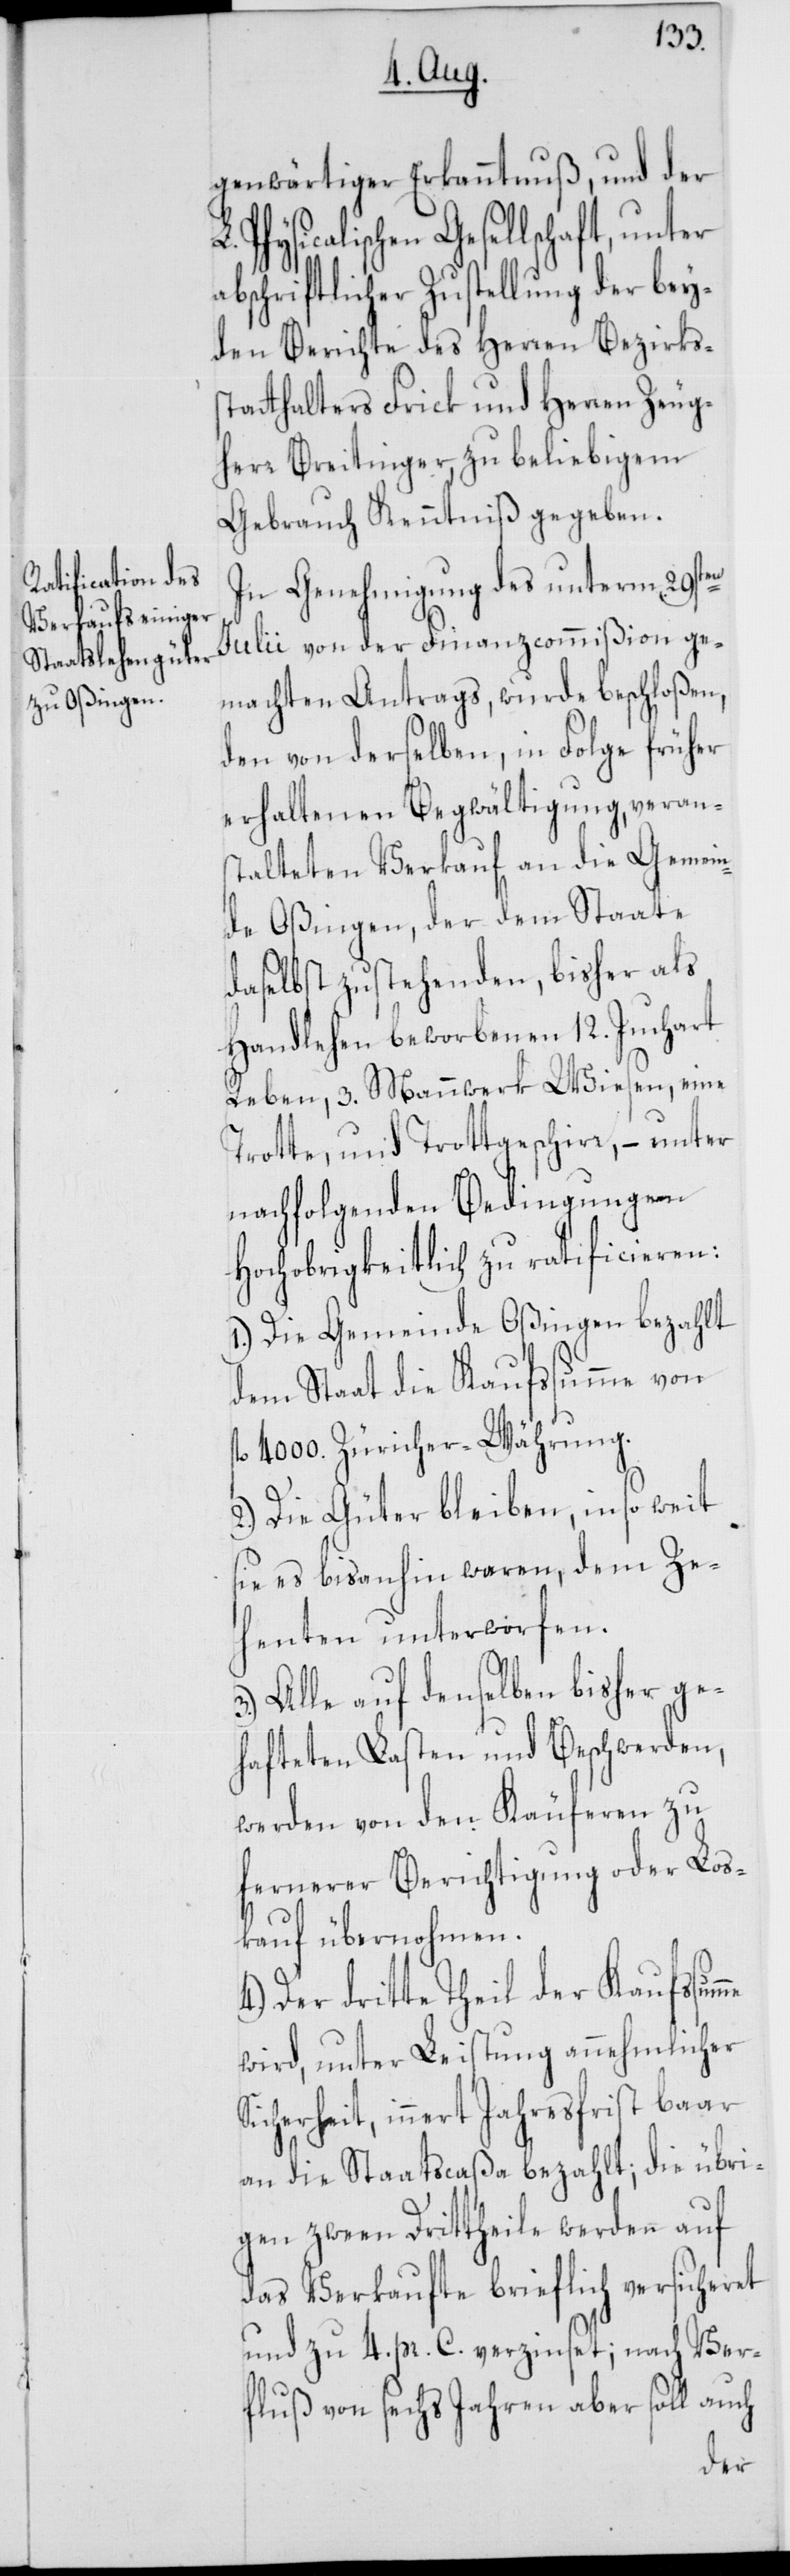
genwärtiger Erkanntnuß, und der
Physicalischen Gesellschaft, unter
abschriftlicher Zustellung der bey¬
den Berichte des Herren Bezirks¬
statthalters Frick und Herren Zeug¬
herr Breitinger zu beliebigem
Gebrauch Kenntniß gegeben.
In Genehmigung des unterm 29sten
Julii von der Finanzcommißion ge¬
machten Antrags, wurde beschloßen,
den von derselben in Folge früher
erhaltenen Begwältigung, veran¬
stalteten Verkauf an die Gemein¬
de Oßingen, der dem Staate
daselbst zustehenden, bisher als
Handlehen beworbenen 12. Juchart
Reben, 3. Mannwerk Wiesen, eine
Trotte, und Trottengeschirr, – unter
nachfolgenden Bedingungen
Hochobrigkeitlich zu ratificieren:
1.) Die Gemeinde Oßingen bezahlt
dem Staat die Kaufsumme von
4000. Züricher-Währung.
2.) Die Güter bleiben, in so weit
sie es bisanhin waren, dem Ze¬
henten unterworfen.
Alle auf denselben bisher ge¬
hafteten Lasten und Beschwerden,
werden von den Käuferen zu
fernerer Berichtigung oder Los¬
kauf übernohmen.
4.) Der dritte Theil der Kaufssumme
wird, unter Leistung annehmlicher
Sicherheit, innert Jahresfrist baar
an die Staatscaßa bezahlt; die übri¬
gen zween Drittheile werden auf
das Verkaufte brieflich versicheret
und zu 4. pr. C. verzinset; nach Ver¬
fluß von sechs Jahren aber soll auch